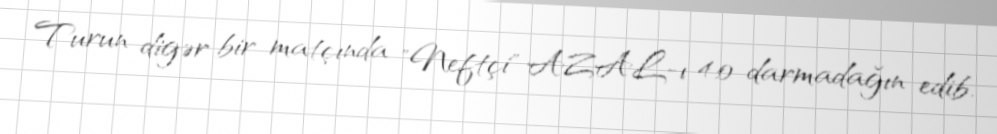
Turun digər bir matçında "Neftçi" AZAL-ı 4:0 darmadağın edib.